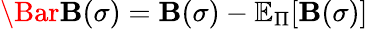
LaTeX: \Bar{\mathbf{B}}(\sigma)=\mathbf{B}(\sigma)-\mathbb{{E}}_{\Pi}[\mathbf{B}(\sigma)]